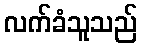
လက်ခံသူသည်